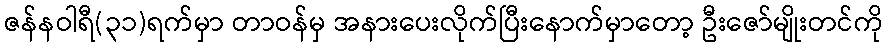
ဇန်နဝါရီ(၃၁)ရက်မှာ တာဝန်မှ အနားပေးလိုက်ပြီးနောက်မှာတော့ ဦးဇော်မျိုးတင်ကို